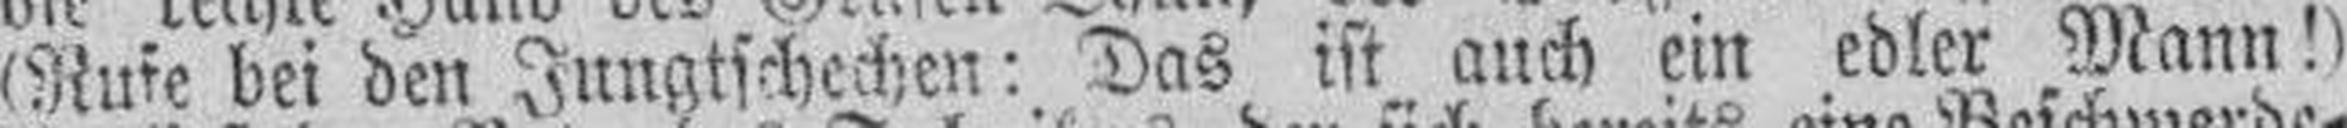
(Rufe bei den Jungtschechen: Das ist auch ein edler Mann!